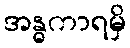
အန္ဓကာရမှိ